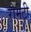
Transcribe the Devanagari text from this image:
रोमेटी